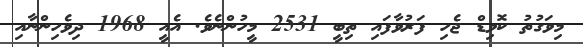
މިވަގުތު ކޮވިޑް ޖެހި ފަރުވާފައި ތިބީ 2531 މީހުންނެވެ. އެއީ 1968 ދިވެހިންނާއި